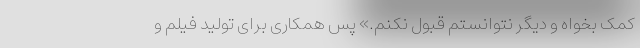
کمک بخواه و دیگر نتوانستم قبول نکنم.» پس همکاری برای تولید فیلم و